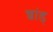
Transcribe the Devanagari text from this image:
च्वांड्